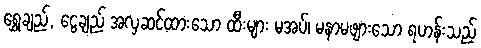
ရွှေချည်, ငွေချည် အလှဆင်ထားသော ထီးများ မအပ်၊ မနာမဖျားသော ရဟန်းသည်